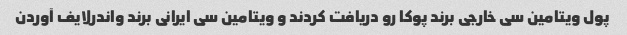
پول ویتامین سی خارجی برند پوکا رو دریافت کردند و ویتامین سی ایرانی برند واندرلایف آوردن